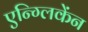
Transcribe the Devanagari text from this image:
एन्ग्लिकेंन